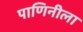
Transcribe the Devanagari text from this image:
पाणिनीला